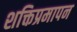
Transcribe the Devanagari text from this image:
शक्तिप्रमापन